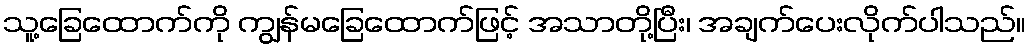
သူ့ခြေထောက်ကို ကျွန်မခြေထောက်ဖြင့် အသာတို့ပြီး၊ အချက်ပေးလိုက်ပါသည်။